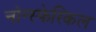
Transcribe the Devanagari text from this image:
नोन्स्फेरिकल